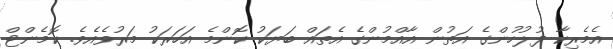
އެމެރިކާ ފުލުހުންގެ އަތުން އާއްމުންގެ އެތައް ބަޔަކު ކޮންމެ އަހަރަކު މަރުވެއެވެ. ކޮމެންޓް